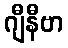
ဂျီနီဗာ